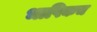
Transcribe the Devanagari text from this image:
भाषिकच